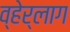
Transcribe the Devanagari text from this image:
व्हेर्लाग